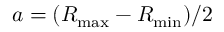
a = ( R _ { \mathrm { m a x } } - R _ { \mathrm { m i n } } ) / 2